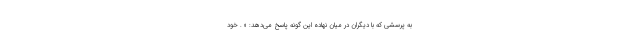
به پرسشی که با دیگران در میان نهاده این گونه پاسخ می‌دهد: « . خود